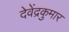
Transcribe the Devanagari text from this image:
देवेंद्रकुमार